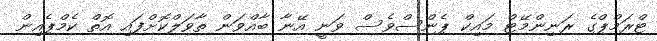
ޓްރަމްޕްގެ ރަނިންމޭޓް މައިކް ޕެންސްވެސް ވަނީ އޭނާ ބާއްވަން ތާވަލްކޮށްފައި އޮތް ކެމްޕެއިން